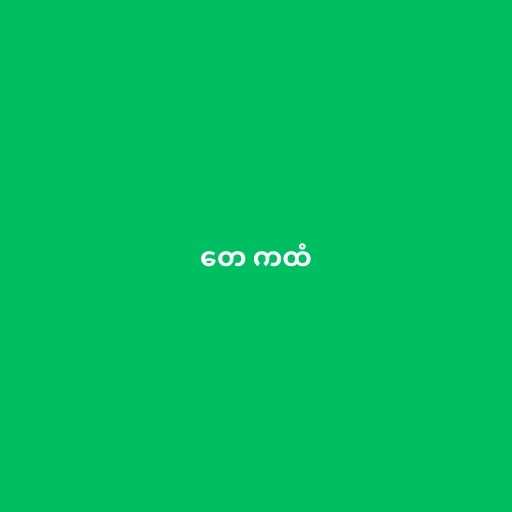
တေ ကထံ